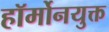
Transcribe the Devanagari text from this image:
हॉर्मोनयुक्त